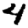
Digit: 4